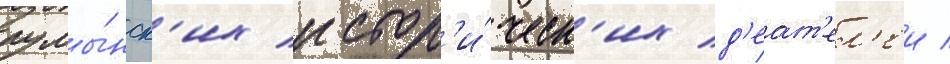
румы́нск'их истор'и́ческ'их д'еат'ел'еи /